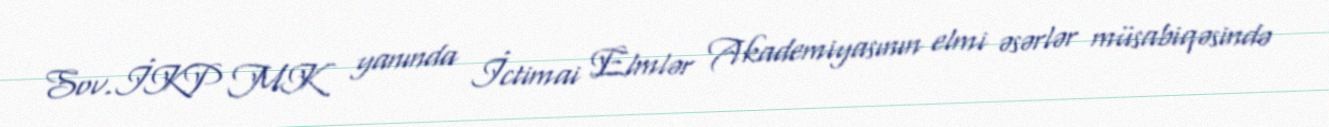
Sov.İKP MK yanında İctimai Elmlər Akademiyasının elmi əsərlər müsabiqəsində